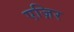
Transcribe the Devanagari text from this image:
एज़िर